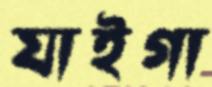
যাইগা